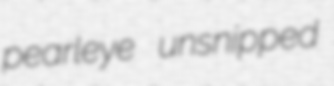
pearleye unsnipped